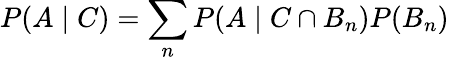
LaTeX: P(A\mid C)=\sum_{n}P(A\mid C\cap B_{n})P(B_{n})